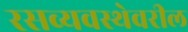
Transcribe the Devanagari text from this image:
रसव्यवस्थेवरील